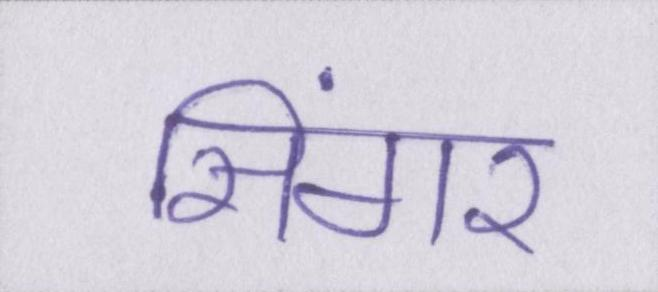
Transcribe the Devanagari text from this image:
सिंगर